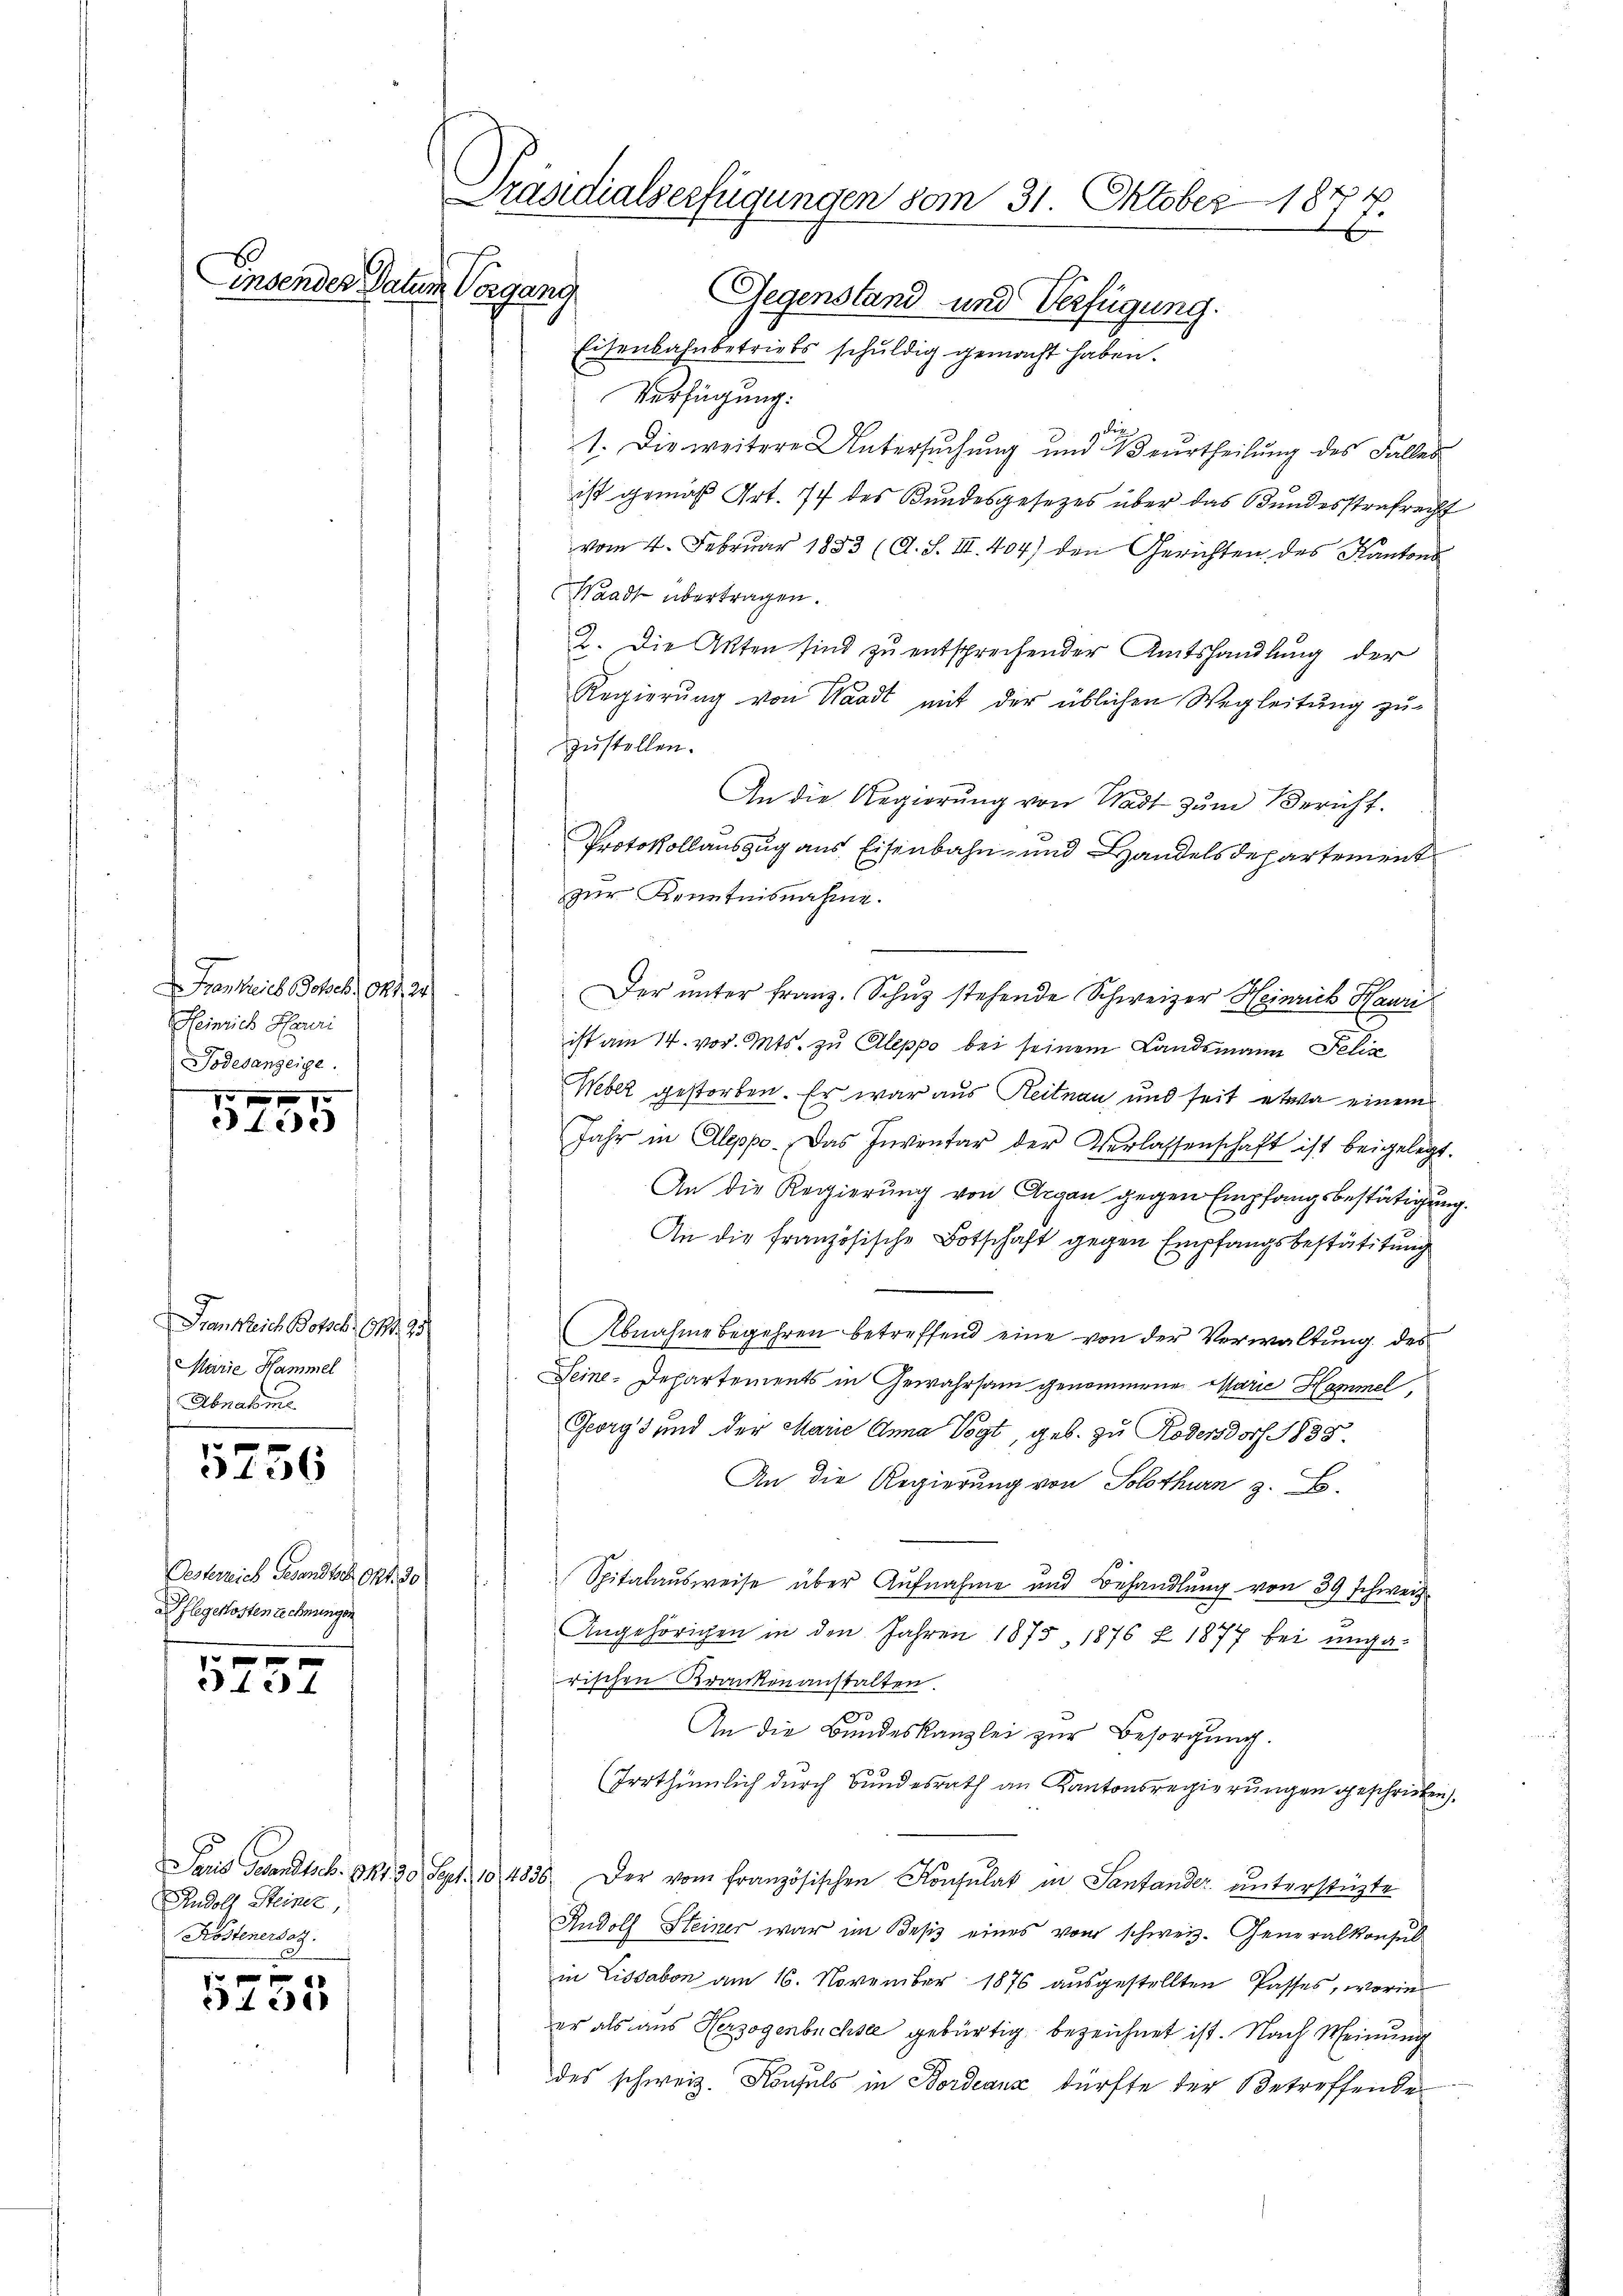
Frankreis Schel, 141. 241
Heinrich Haueri
Todesanzeige.

1 11
 fie

Frankreich Bossel (1. 95
Marie Hammel
Abnatome

5
3456

Oesterreich Gesandtsche Okt. 30
aflegekosten Rechnungen

121

Rudolf Steiner,
Kostenersez

f
 431

Präsidialserfügungen vom 31. Oktober 184
x
insender Datum Vorgang
Gegenstand und Verfügung.
Eisenbahnbetriebs schuldig gemacht haben.

Verfügung:
die
1. Die weitere Untersuchung und Beurtheilŭng des Falles
ist gemäß Art. 77 des Bundesgesetzes über das Bundesstrafrecht
vom 4. Februar 1883 (A. S. III. 404) den Gerichten des Kantons
Waadt übertragen.
2. Die Akten sind zu entsprechender Amtshandlung der
Regierŭng von Waadt mit der üblichen Wegleitung zuzustellen.
An die Regierung von Wadt zum Bericht.
Protokollauszug aus Eisenbahn- und Handelsdepartement
zur Kenntnisnahme.
Der ŭnter franz. Schŭz stehende Schweizer Heinrich Hawri
ist am 14. vor. Mts. zu Cleppo bei seinem Landsmann Felix
Weber gestorben. Er war aus Reitnau und seit etwa einem
Jahr in Alepp. Das Inventar der Verlassenschaft ist beigelegt.
An die Regierung von Argau gegen Empfangsbestätigung
An die französische Botschaft gegen Empfangsbestätigung
Abnahme begehren betreffend eine von der Verwaltung des
Seine-Departements in Gewahrsam genommene Marie Hammel,
Georgs und der Marie Anna Vogt, geb. zu Rodendorf 1838.
An die Regierung von Solothurn z. B.
Spitalaŭsweise über Aufnahme und Behandlŭng von 39 schweiz.
.
Angehörigen in den Jahren 1875, 1876 f 1877 bei ungarischen Krankenanstalten.
0
An die Bundeskanzlei zur Besorgung.
(Irrthümlich durch Bundesrath an Kantonsregierungen geschrieben.
Paris Gesandtsch. Okt. 20. Sept. 10, 4836. Der vom französischen Konsulat in Santander unterstüzte
Rudolf Steiner war im Besiz eines vom schweiz. Generalkonsul
in Lissabon am 16. November 1876 ausgestellten Passes, worin
er als aus Herzogenbüchsee gebürtig bezeichnet ist. Nach Meinung
des schweiz. Konsuls in Bordeaux dürfte der Betreffende